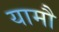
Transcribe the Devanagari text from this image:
यामौ